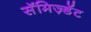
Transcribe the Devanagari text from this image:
सॅमिज़्डॅट